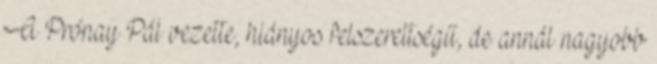
A Prónay Pál vezette, hiányos felszereltségű, de annál nagyobb